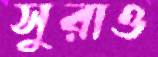
সুরাও